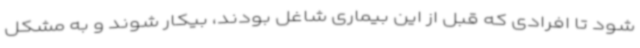
شود تا افرادی که قبل از این بیماری شاغل بودند، بیکار شوند و به مشکل